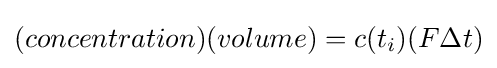
(concentration)(volume)=c(t_{i})(F\Delta t)